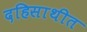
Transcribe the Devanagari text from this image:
दहिसाथीत